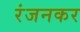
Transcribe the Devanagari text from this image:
रंजनकर